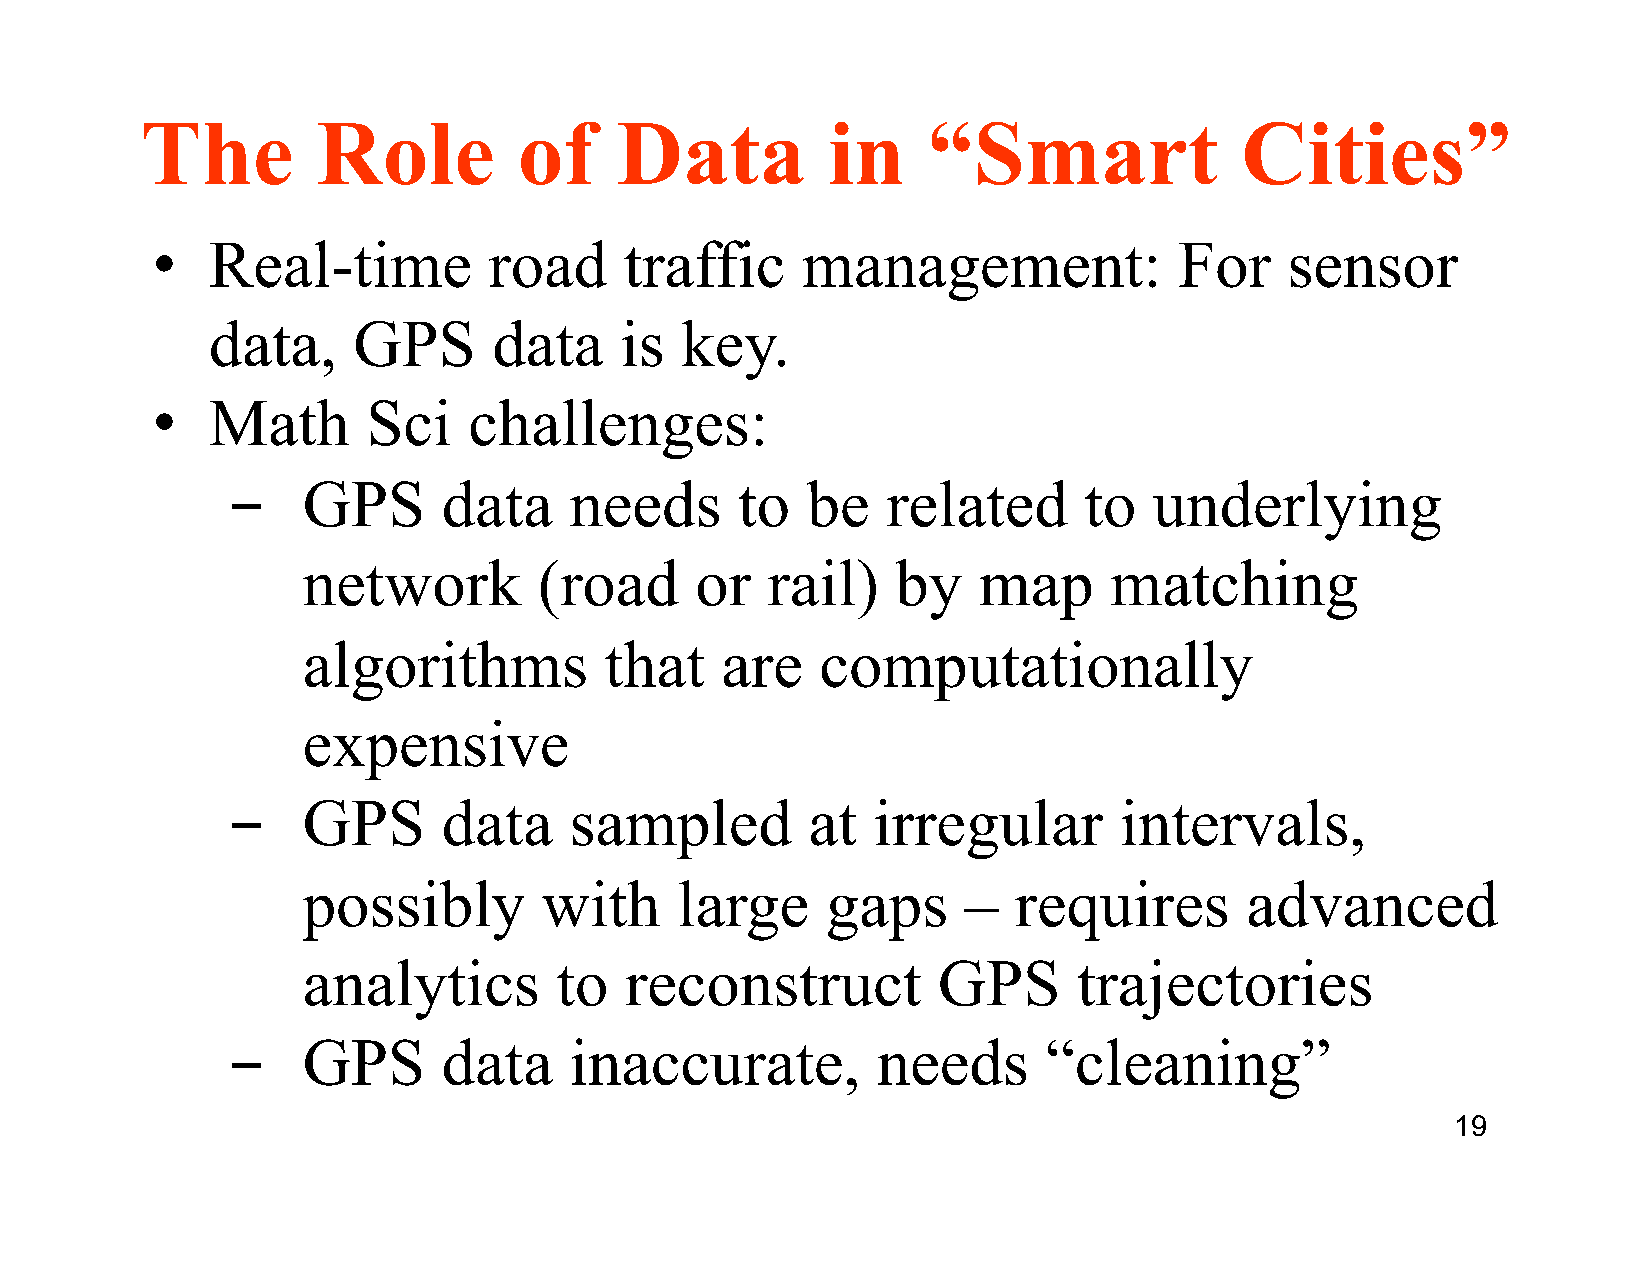
The         Role         of     Data          in    “Smart               Cities”
 •   Real-time         road     traffic     management:              For    sensor
 data,    GPS       data    is  key.
 •   Math      Sci    challenges:
 ­    GPS      data     needs      to  be    related      to  underlying
 network         (road     or   rail)   by    map     matching
 algorithms          that    are   computationally
 expensive
 ­    GPS      data     sampled        at   irregular       intervals,
 possibly        with     large     gaps     –  requires       advanced
 analytics        to  reconstruct          GPS      trajectories
 ­    GPS      data     inaccurate,         needs      “cleaning”
 19